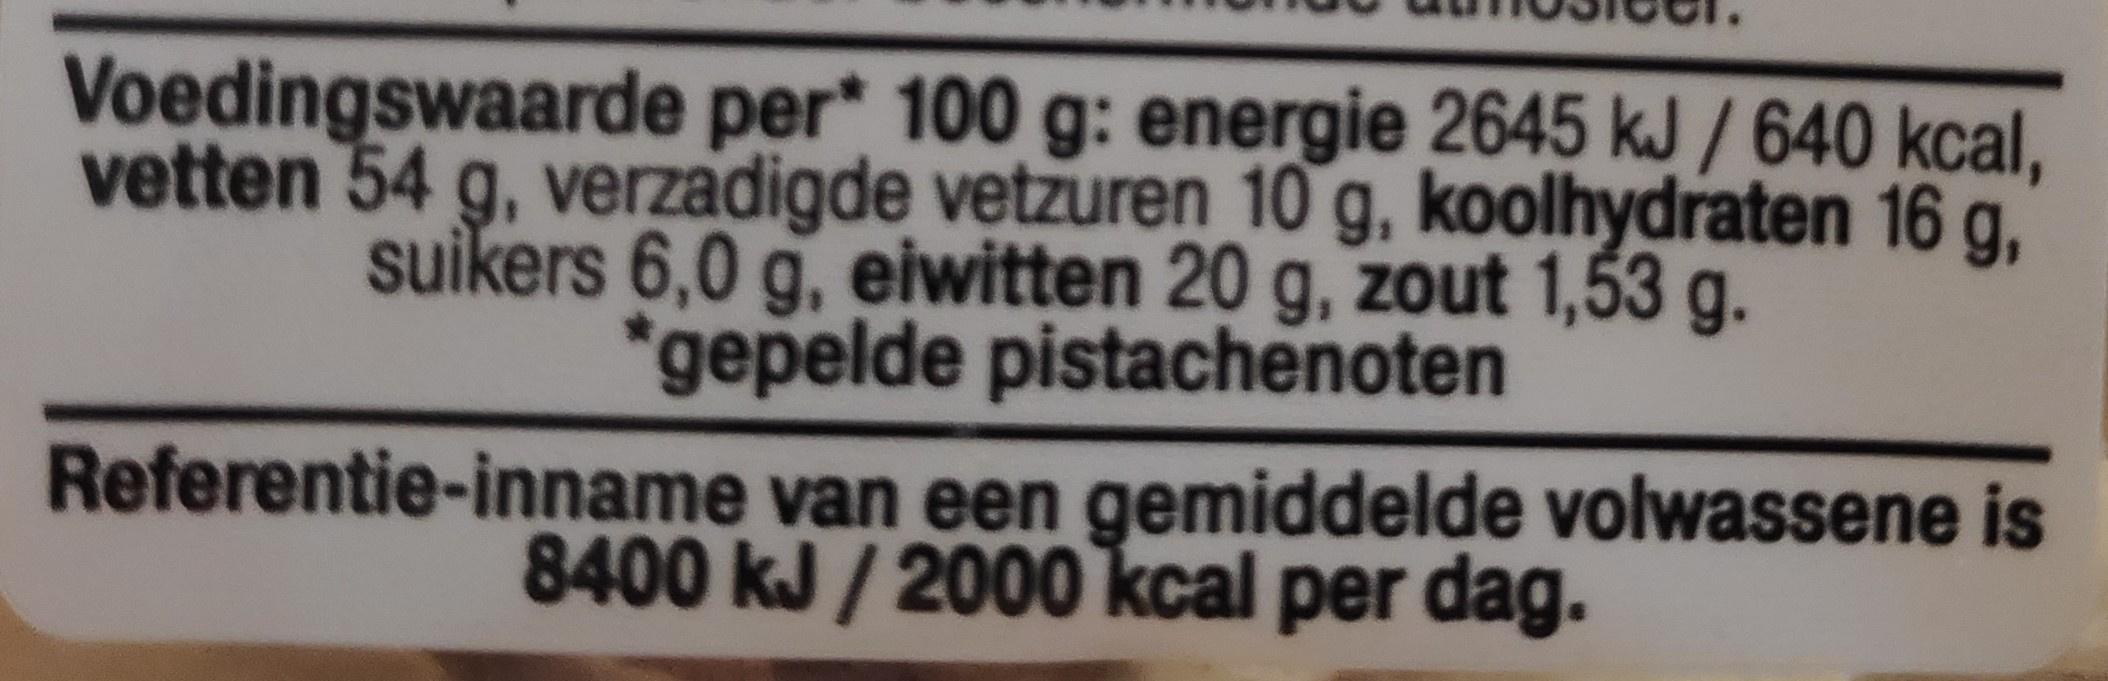
Voedingswaarde per* 100 g: energie 2645 kJ / 640 kcal, vetten 54 g, verzadigde vetzuren 10 g, koolhydraten 16 g, suikers 6,0 g, eiwitten 20 g, zout 1,53 g. *gepelde pistachenoten
Referentie-inname van een gemiddelde volwassene is 8400 kJ / 2000 kcal per dag.